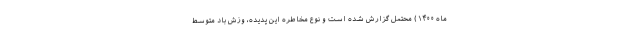
ماه ۱۴۰۰) محتمل گزارش شده است و نوع مخاطره این پدیده، وزش باد متوسط